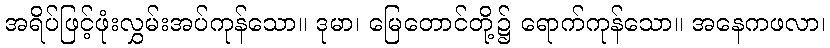
အရိပ်ဖြင့်ဖုံးလွှမ်းအပ်ကုန်သော။ ဒုမာ၊ မြေတောင်တို့၌ ရောက်ကုန်သော။ အနေကဖလာ၊